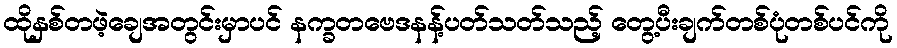
ထိုနှစ်တဖဲ့ချေအတွင်းမှာပင် နက္ခတဗေဒနန့်ပတ်သတ်သည့် တွေ့ပီးချက်တစ်ပုံတစ်ပင်ကို